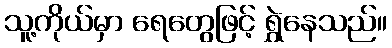
သူ့ကိုယ်မှာ ရေတွေဖြင့် ရွှဲနေသည်။